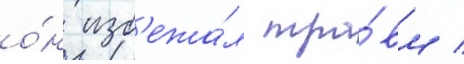
о́н изб'ежа́л тра́вм /